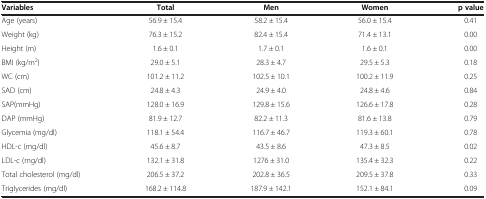
| Variables | Total | Men | Women | p value |
 | --- | --- | --- | --- | --- |
 | Age (years) | 56.9 ± 15.4 | 58.2 ± 15.4 | 56.0 ± 15.4 | 0.41 |
 | Weight (kg) | 76.3 ± 15.2 | 82.4 ± 15.4 | 71.4 ± 13.1 | 0.00 |
 | Height (m) | 1.6 ± 0.1 | 1.7 ± 0.1 | 1.6 ± 0.1 | 0.00 |
 | BMI (kg/m2) | 29.0 ± 5.1 | 28.3 ± 4.7 | 29.5 ± 5.3 | 0.18 |
 | WC (cm) | 101.2 ± 11.2 | 102.5 ± 10.1 | 100.2 ± 11.9 | 0.25 |
 | SAD (cm) | 24.8 ± 4.3 | 24.9 ± 4.0 | 24.8 ± 4.6 | 0.84 |
 | SAP(mmHg) | 128.0 ± 16.9 | 129.8 ± 15.6 | 126.6 ± 17.8 | 0.28 |
 | DAP (mmHg) | 81.9 ± 12.7 | 82.2 ± 11.3 | 81.6 ± 13.8 | 0.79 |
 | Glycemia (mg/dl) | 118.1 ± 54.4 | 116.7 ± 46.7 | 119.3 ± 60.1 | 0.78 |
 | HDL-c (mg/dl) | 45.6 ± 8.7 | 43.5 ± 8.6 | 47.3 ± 8.5 | 0.02 |
 | LDL-c (mg/dl) | 132.1 ± 31.8 | 1276 ± 31.0 | 135.4 ± 32.3 | 0.22 |
 | Total cholesterol (mg/dl) | 206.5 ± 37.2 | 202.8 ± 36.5 | 209.5 ± 37.8 | 0.33 |
 | Triglycerides (mg/dl) | 168.2 ± 114.8 | 187.9 ± 142.1 | 152.1 ± 84.1 | 0.09 |